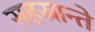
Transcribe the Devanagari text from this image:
सहस्रान्ते